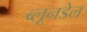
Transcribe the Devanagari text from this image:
ब्लूनडेल